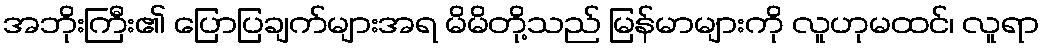
အဘိုးကြီး၏ ပြောပြချက်များအရ မိမိတို့သည် မြန်မာများကို လူဟုမထင်၊ လူရာ